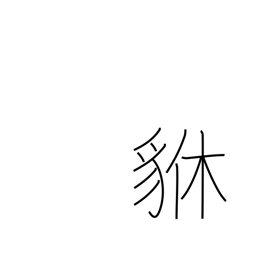
Meaning: brave heraldic beast